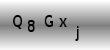
Text: Q8Gxj